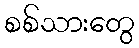
စစ်သားတွေ